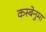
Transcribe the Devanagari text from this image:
कस्बेनुमा